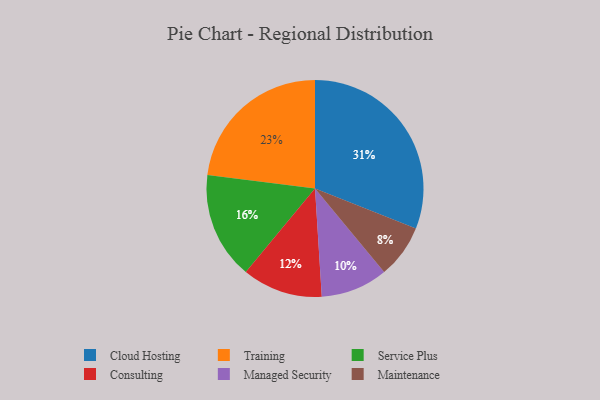
{"axis": {"x": "Category", "y": "Percentage"}, "legend": ["Cloud Hosting", "Consulting", "Maintenance", "Managed Security", "Service Plus", "Training"], "data": [{"x": "Consulting", "y": 12, "type": "Consulting"}, {"x": "Managed Security", "y": 10, "type": "Managed Security"}, {"x": "Training", "y": 23, "type": "Training"}, {"x": "Maintenance", "y": 8, "type": "Maintenance"}, {"x": "Cloud Hosting", "y": 31, "type": "Cloud Hosting"}, {"x": "Service Plus", "y": 16, "type": "Service Plus"}]}